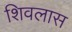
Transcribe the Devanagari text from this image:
शिवलास